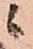
ニ